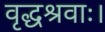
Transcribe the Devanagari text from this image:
वृद्धश्रवाः।